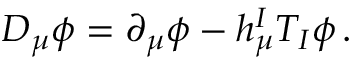
D _ { \mu } \phi = \partial _ { \mu } \phi - h _ { \mu } ^ { I } T _ { I } \phi \, .